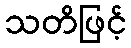
သတိဖြင့်